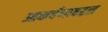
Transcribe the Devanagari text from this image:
आकर्षणाबद्दल